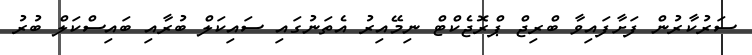
ސަރުކާރުން ފަށާފައިވާ ބްރިޖް ޕްރޮޖެކްޓް ނިމޭއިރު އެތަނުގައި ސައިކަލް ބުރާއި ބައިސްކަލް ބުރު